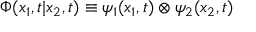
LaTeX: { \Phi } ( x _ { 1 } , t | x _ { 2 } , t ) \equiv { \psi } _ { 1 } ( x _ { 1 } , t ) \otimes { \psi } _ { 2 } ( x _ { 2 } , t )